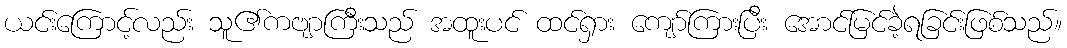
ယင်းကြောင့်လည်း သူ၏ကဗျာကြီးသည် အထူးပင် ထင်ရှား ကျော်ကြားပြီး အောင်မြင်ခဲ့ရခြင်းဖြစ်သည်။